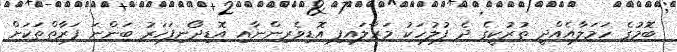
ބޮމުގެ ހަމަލާއެއްދީ ތުރުކީގެ ދެ ފުލުހަކު މަރާލައިފި އޮޑިވެރިންނާއި އޮޑިދޯނިފަހަރު ބަންނަ ފަރާތްތަކަށް